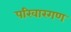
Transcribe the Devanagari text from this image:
परिवारगण